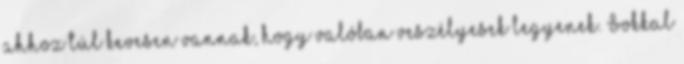
ahhoz túl kevesen vannak, hogy valóban veszélyesek legyenek. Sokkal